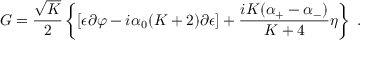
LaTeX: G = { \frac { \sqrt { K } } { 2 } } \left\{ [ \epsilon \partial \varphi - i { \alpha _ { 0 } } ( K + 2 ) \partial { \epsilon } ] + { \frac { i K ( { { \alpha } _ { + } } - { { \alpha } _ { - } } ) } { K + 4 } } \eta \right\} { } ~ .